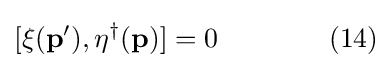
[\xi (\mathbf {p} ^{\prime }),\eta ^{\dagger }(\mathbf {p} )]=0\quad \quad \quad \quad (14)